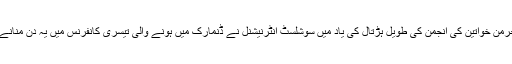
1908ءمیں جرمن خواتین کی انجمن کی طویل ہڑتال کی یاد میں سوشلسٹ انٹرنیشنل نے ڈنمارک میں ہونے والی تیسری کانفرنس میں یہ دن منانے کا فیصلہ کیا۔